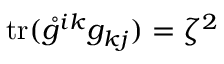
\mathrm { t r } ( \mathring { g } ^ { i k } g _ { k j } ) = \zeta ^ { 2 }